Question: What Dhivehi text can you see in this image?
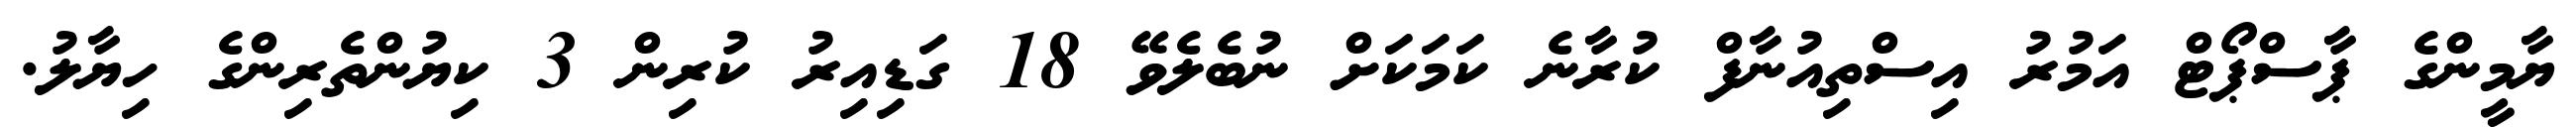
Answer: ޔާމީންގެ ޕާސްޕޯޓް އަމުރު އިސްތިއުނާފް ކުރާނެ ކަމަކަށް ނުބެލެވޭ 18 ގަޑިއިރު ކުރިން 3 ކިޔުންތެރިންގެ ހިޔާލު.